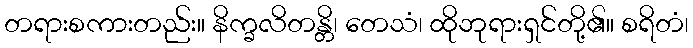
တရားစကားတည်း။ နိက္ခလိတန္တိ၊ တေသံ၊ ထိုဘုရားရှင်တို့၏။ စရိတံ၊